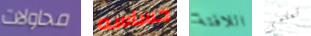
محاولات حساسه اللافتة تعلمى